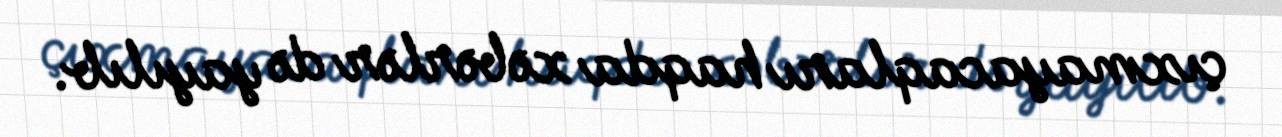
çıxmayacaqları haqda xəbərlər də yayılıb.